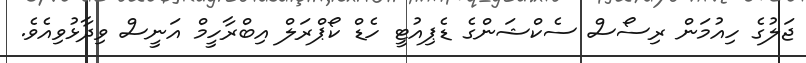
ޖަލުގެ ހިއުމަން ރިސޯސް ސެކްޝަންގެ ޑެޕިއުޓީ ހެޑް ކޯޕްރަލް އިބްރާހީމް އަނީސް ވިދާޅުވިއެވެ.